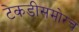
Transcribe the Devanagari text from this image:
टेकडीसमोरच